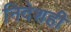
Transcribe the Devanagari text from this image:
निदेशही